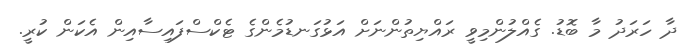
ދާ ހަރަދު މާ ބޮޑު. ގެއްލުންމިވީ ރައްޔިތުންނަށް އަޅުގަނޑުމެންގެ ޓެކްސްފައިސާއިން އެކަން ކުރީ.